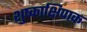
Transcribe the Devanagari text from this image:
शुष्काक्षिपाक